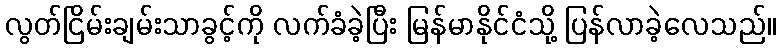
လွတ်ငြိမ်းချမ်းသာခွင့်ကို လက်ခံခဲ့ပြီး မြန်မာနိုင်ငံသို့ ပြန်လာခဲ့လေသည်။